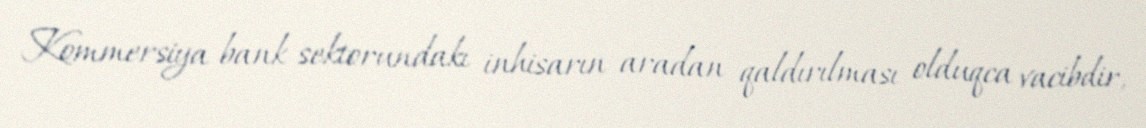
Kommersiya bank sektorundakı inhisarın aradan qaldırılması olduqca vacibdir,